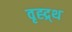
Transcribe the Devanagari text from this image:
वृह्द्र्थ